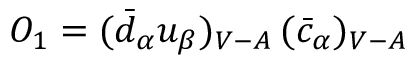
{ \cal O } _ { 1 } = ( \bar { d } _ { \alpha } u _ { \beta } ) _ { V - A } \, ( \bar { c } _ { \alpha } ) _ { V - A }